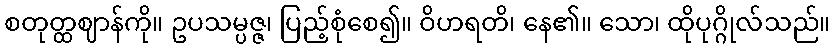
စတုတ္ထဈာန်ကို။ ဥပသမ္ပဇ္ဇ၊ ပြည့်စုံစေ၍။ ဝိဟရတိ၊ နေ၏။ သော၊ ထိုပုဂ္ဂိုလ်သည်။